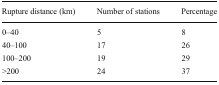
| Rupture distance (km) | Number of stations | Percentage |
 | --- | --- | --- |
 | 0–40 | 5 | 8 |
 | 40–100 | 17 | 26 |
 | 100–200 | 19 | 29 |
 | >200 | 24 | 37 |